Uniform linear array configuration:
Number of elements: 32
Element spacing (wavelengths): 1
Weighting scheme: hamming
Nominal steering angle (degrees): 45
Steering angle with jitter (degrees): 43.657
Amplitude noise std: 0.05
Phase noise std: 0.05

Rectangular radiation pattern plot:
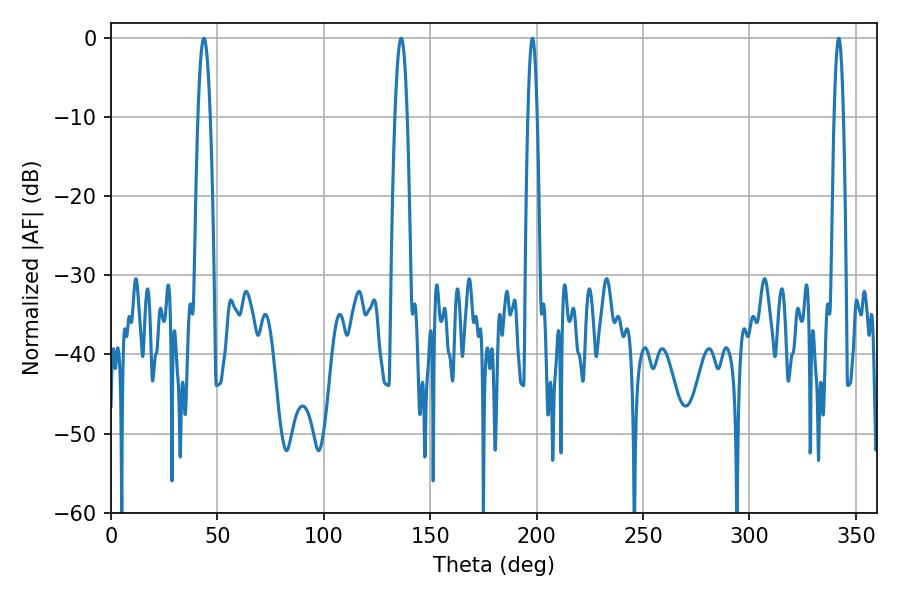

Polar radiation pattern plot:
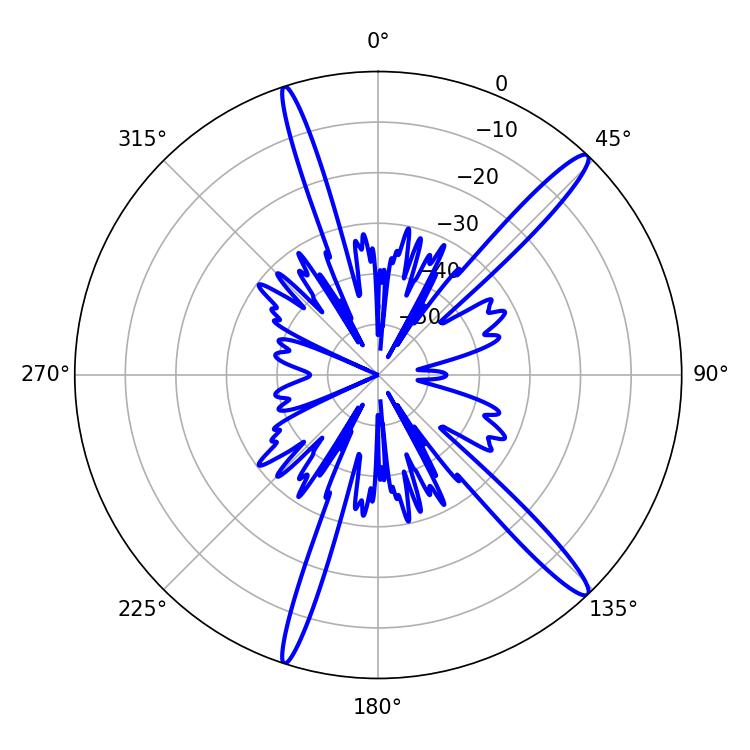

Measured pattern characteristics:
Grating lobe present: TRUE
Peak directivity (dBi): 15.609
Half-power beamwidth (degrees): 2.34
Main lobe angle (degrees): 342